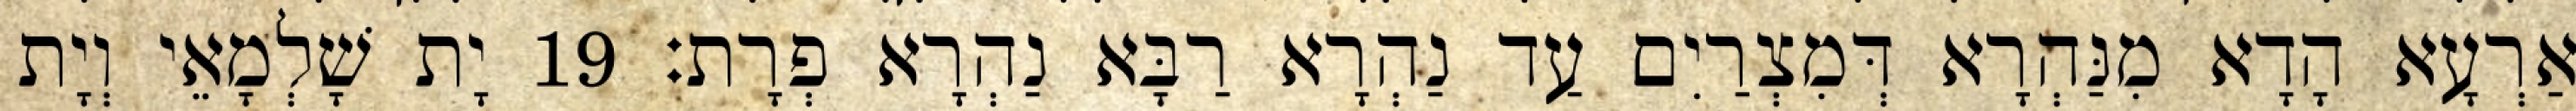
אַרְעָא הָדָא מִנַּהְרָא דְּמִצְרַיִם עַד נַהְרָא רַבָּא נַהְרָא פְרָת׃ 19 יָת שָׁלְמָאֵי וְיָת